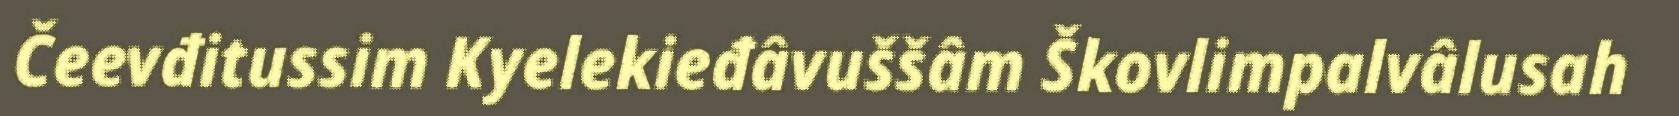
Čeevđitussim Kyelekieđâvuššâm Škovlimpalvâlusah